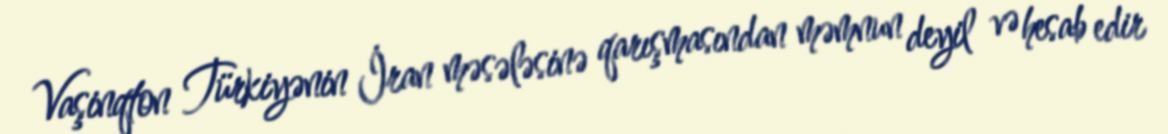
Vaşinqton Türkiyənin İran məsələsinə qarışmasından məmnun deyil və hesab edir